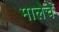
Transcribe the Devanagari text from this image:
मालेचे